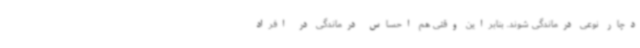
دچار نوعی درماندگی شوند. بنابراین وقتی هم احساس درماندگی در افراد